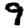
Digit: 9